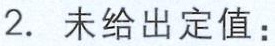
2. 未给出定值：